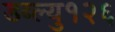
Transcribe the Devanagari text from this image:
डब्ल्यु१२६